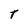
Character: T